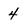
Character: 4